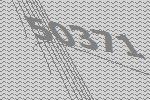
50371